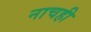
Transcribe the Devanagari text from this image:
नाचही